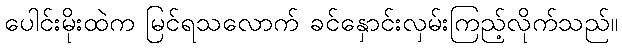
ပေါင်းမိုးထဲက မြင်ရသလောက် ခင်နှောင်းလှမ်းကြည့်လိုက်သည်။